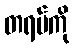
တရပ်ကို